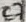
Text: C7